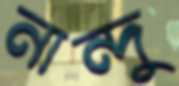
নান্দু